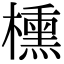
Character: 櫄